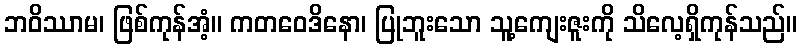
ဘဝိဿာမ၊ ဖြစ်ကုန်အံ့။ ကတဝေဒိနော၊ ပြုဘူးသော သူ့ကျေးဇူးကို သိလေ့ရှိကုန်သည်။